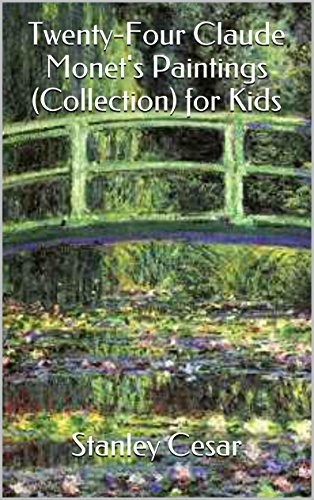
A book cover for Twenty-Four Claude Monet's Paintings (Collection) for Kids; Stanley Cesar; Sports & Outdoors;